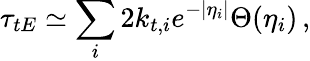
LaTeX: \tau_{tE}\simeq\sum_{i}2k_{t,i}e^{-|\eta_{i}|}\Theta(\eta_{i})\, ,